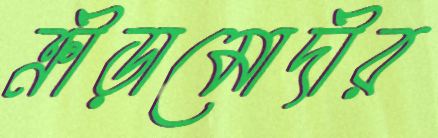
ক্রীড়ামোদীর